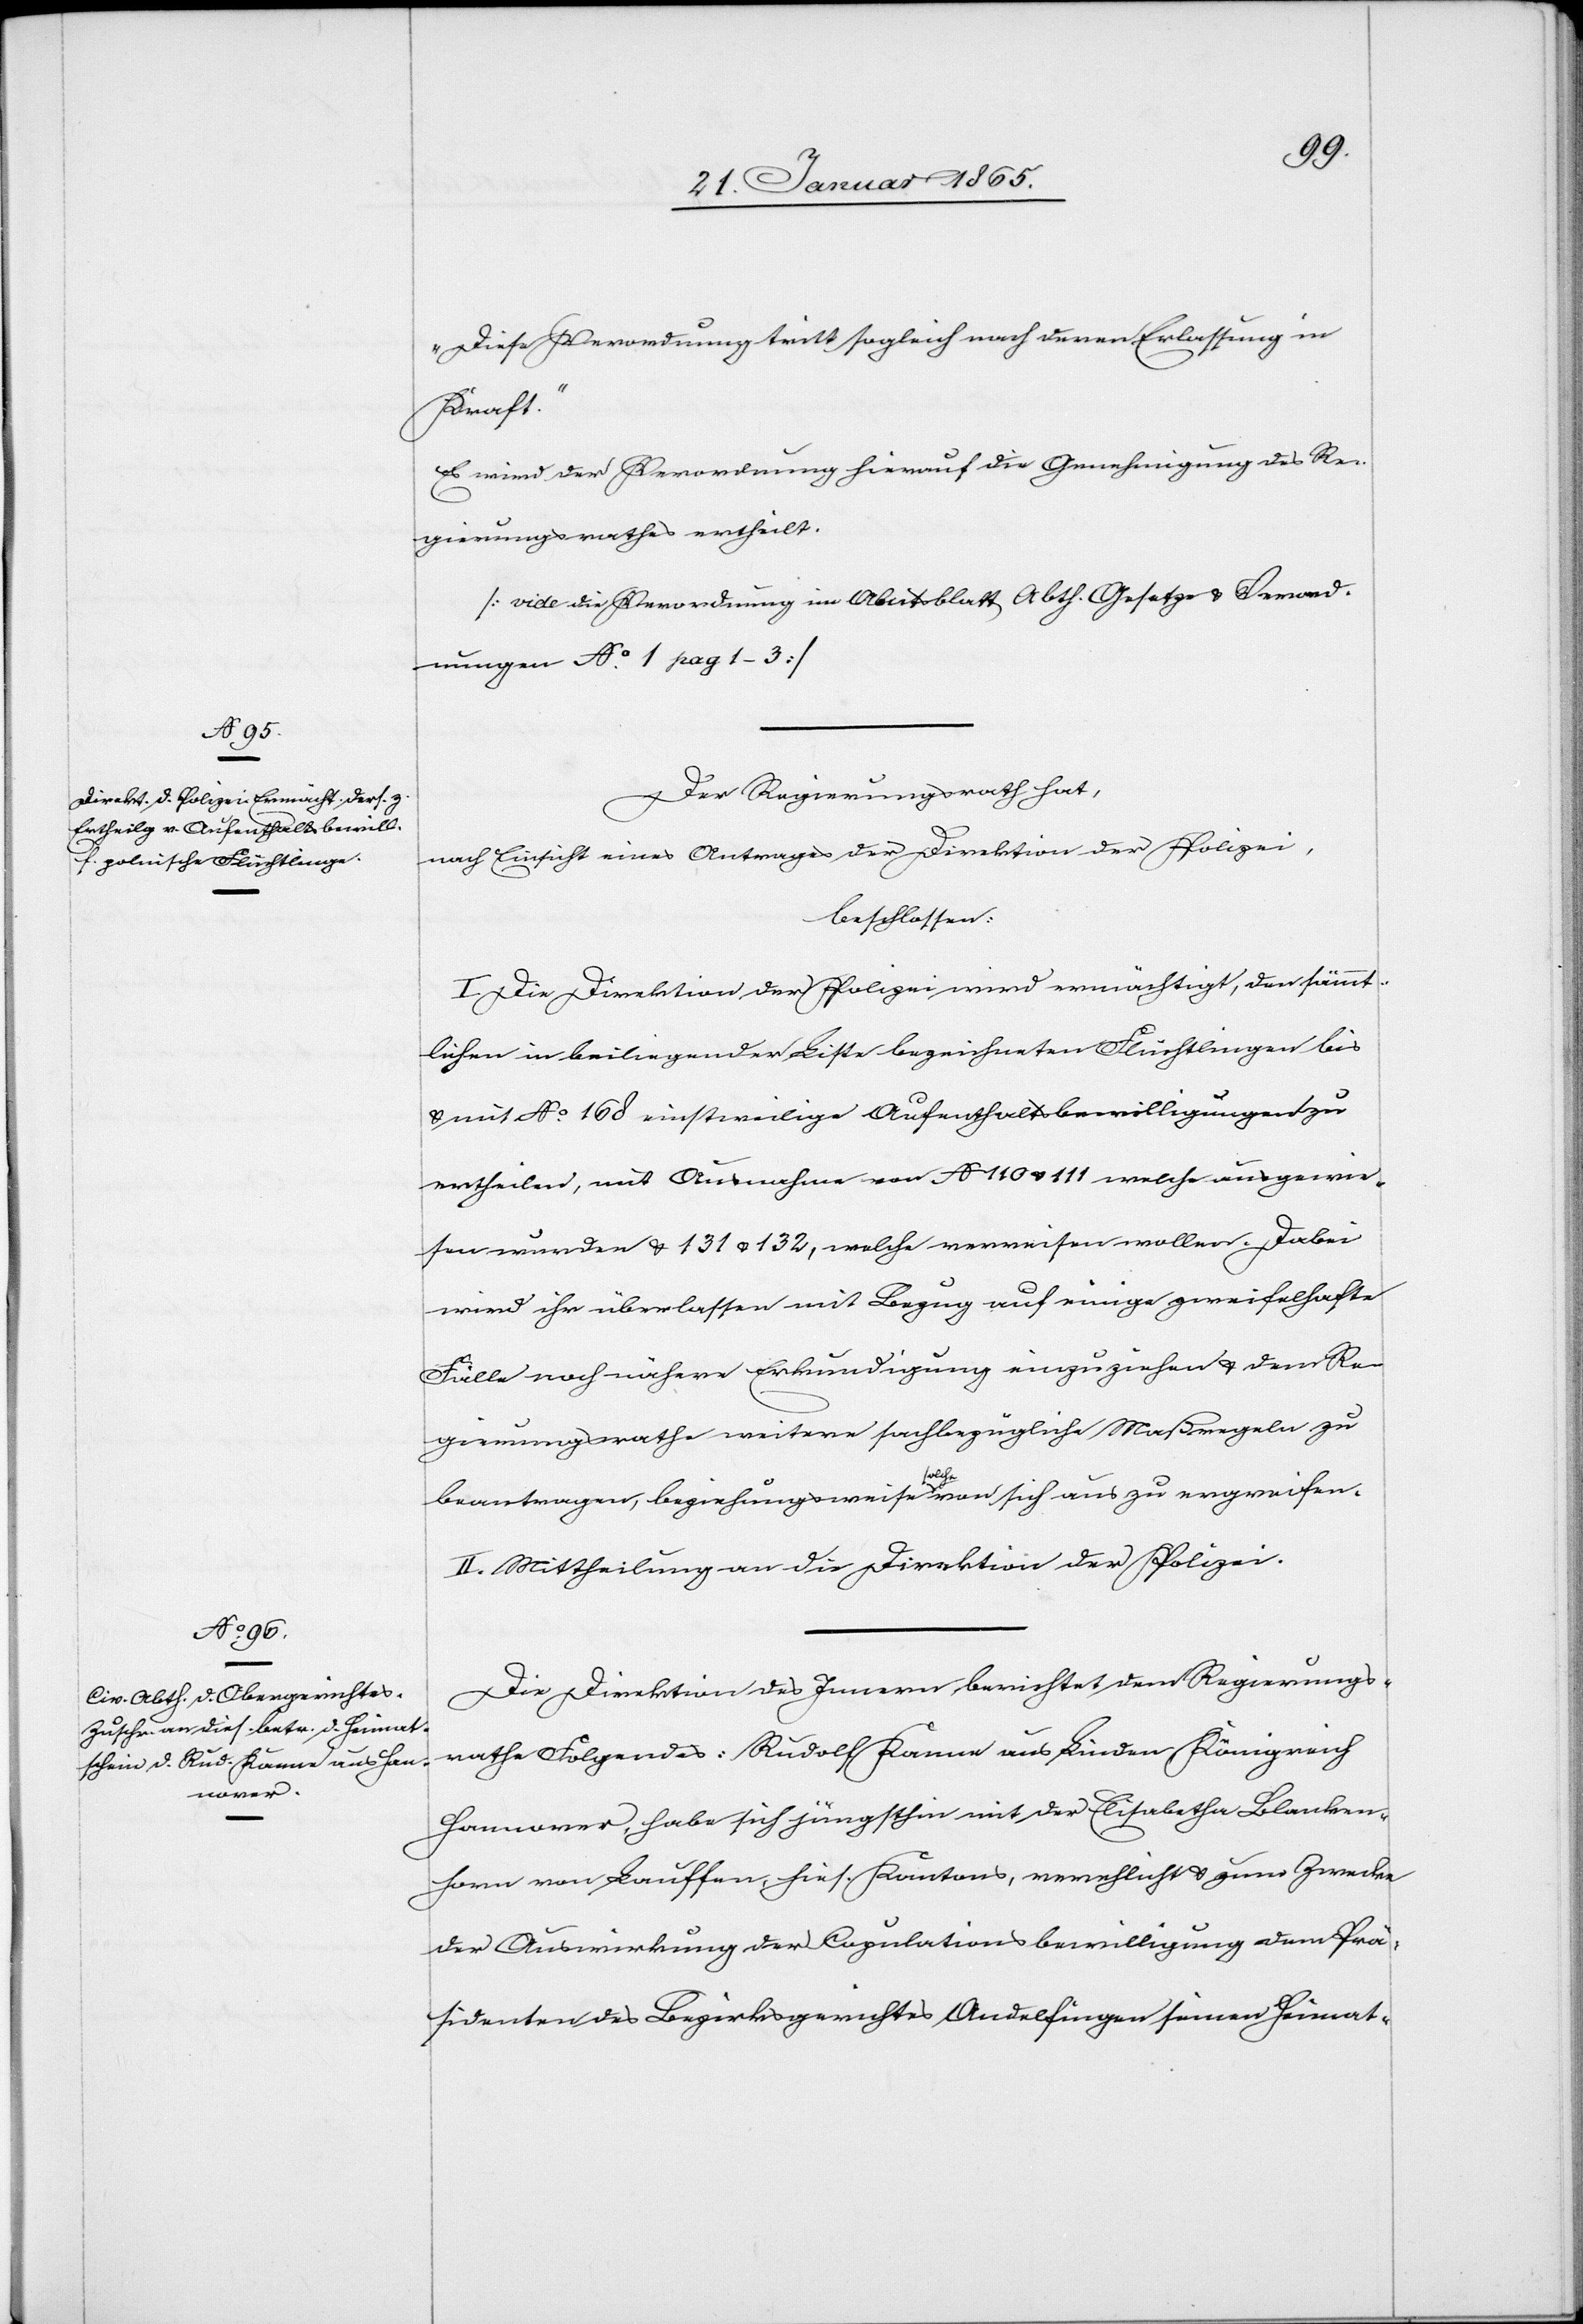
„Diese Verordnung tritt sogleich nach deren Erlassung in
Kraft.“
Es wird der Verordnung hierauf die Genehmigung des Re¬
gierungsrathes ertheilt.
[vide die Verordnung im Amtsblatt Abth. Gesetze u. Verord¬
nungen No 1 pag 1–3]
Der Regierungsrath hat,
nach Einsicht eines Antrages der Direktion der Polizei,
beschlossen:
I. Die Direktion der Polizei wird ermächtigt, den sämmt¬
lichen in beiliegender Liste bezeichneten Flüchtlingen bis
u. mit No 168 einstweilige Aufenthaltsbewilligungen zu
ertheilen, mit Ausnahme von No 110 u. 111 welche ausgewie¬
sen wurden u. 131 u. 132, welche verreisen wollen. Dabei
wird ihr überlassen mit Bezug auf einige zweifelhafte
Fälle noch nähere Erkundigung einzuziehen u. dem Re¬
gierungsrathe weitere sachbezügliche Maßregeln zu
beantragen, beziehungsweise solche von sich aus zu ergreifen.
II. Mittheilung an die Direktion der Polizei.
Die Direktion des Innern berichtet dem Regierungs¬
rathe Folgendes: Rudolf Kanne aus Linden, Königreich
Hannover, habe sich jüngsthin mit der Elisabetha Blanken¬
horn von Lauffen, hies. Kantons, verehlicht u. zum Zwecke
der Auswirkung der Copulationsbewilligung dem Prä¬
sidenten des Bezirksgerichts Andelfingen seinen Heimat-